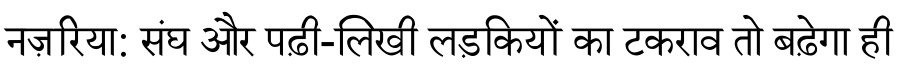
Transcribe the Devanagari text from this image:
नज़रिया: संघ और पढ़ी-लिखी लड़कियों का टकराव तो बढ़ेगा ही